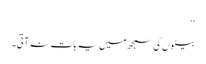
‘‘
بیٹوں کی سمجھ میں یہ بات نہ آتی۔